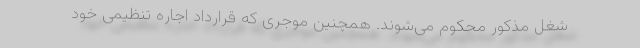
شغل مذکور محکوم می‌شوند. همچنین موجری که قرارداد اجاره تنظیمی خود